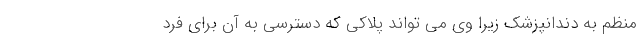
منظم به دندانپزشک زیرا وی می تواند پلاکی که دسترسی به آن برای فرد